Regulations for the medical services of the Army of India
Year: 1930
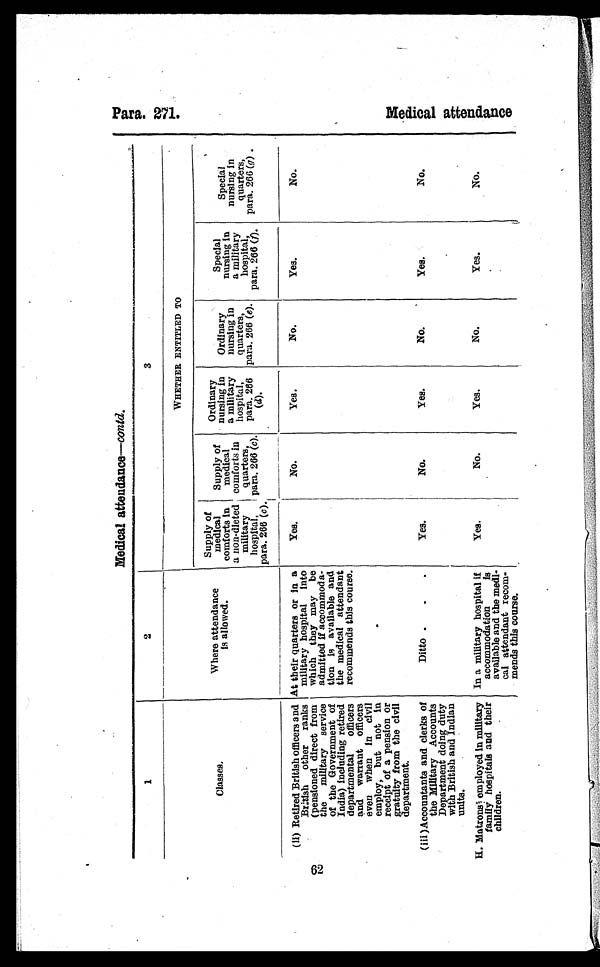
Para 271.
62
Medical attendance—contd.
1
2
3
Classes.
Where attendance
is allowed.
WHETHER ENTITLED TO
Supply of
medical
comforts in
a non-dieted military
hospital,
para. 268 (c).
Supply of
medical
comforts in
quarters,
para. 266 (c).
Ordinary
nursing in
a military
hospital,
para. 266
(d).
Ordi rnary
nursing in
quarters,
para. 266 (e).
Special
nursing in
a military
hospital,
para. 266 (f).
Special
musing in
quarters,
para. 266 ( g ) .
(ii) Retired British officers and
British other ranks
(pensioned direct from
the military service
of the Government of
India) including retired
departmental officers
and warrant officers
even when in civil
employ, but not in
receipt of a pension or
gratuity from the civil
department.
At their quarters or in a
military hospital into
which they may be
admitted if accommoda
¬tion is available and
the medical attendant
recommends this course.
-
Yes.
No.
Yes.
No.
Yes.
No.
( iii ) Accountants and clerks of
the Military Accounts
Department doing duty
with British and Indian
units.
Ditto
Yes.
No.
Yes.
No.
Yes.
No.
H. Matrons employed in military
family hospitals and their
children.
In a military hospital if
accommodation is
available and the medi
¬cal attendant recom
¬mends this course.
Yes.
No.
Yes.
No.
Yes.
No.
M e d i c a l a t t e n d a n c e .